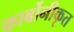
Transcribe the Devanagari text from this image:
कार्बोनीकृत